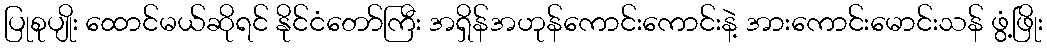
ပြုစုပျိုး ထောင်မယ်ဆိုရင် နိုင်ငံတော်ကြီး အရှိန်အဟုန်ကောင်းကောင်းနဲ့ အားကောင်းမောင်းသန် ဖွံ့ဖြိုး